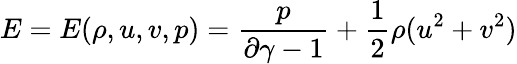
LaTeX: E=E(\rho,u,v,p)=\frac{p}{\partial\gamma-1}+\frac{1}{2}\rho(u^{2}+v^{2})